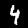
Label: 4